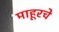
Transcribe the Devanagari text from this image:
माहूरचे